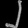
Digit: ၂